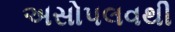
અસોપલવથી